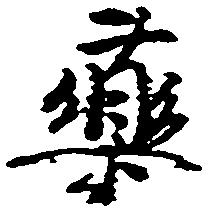
薬